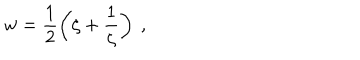
w = \frac 1 2 \left( \zeta + \frac { 1 } { \zeta } \right) \ ,